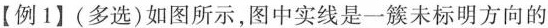
【例1】(多选)如图所示，图中实线是一簇未标明方向的